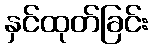
နှင်ထုတ်ခြင်း